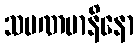
သမဏမာနိနော